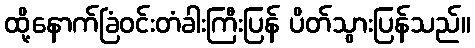
ထို့နောက်ခြံဝင်းတံခါးကြီးပြန် ပိတ်သွားပြန်သည်။